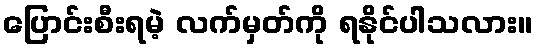
ပြောင်းစီးရမဲ့ လက်မှတ်ကို ရနိုင်ပါသလား။